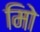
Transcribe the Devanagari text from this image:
मिो